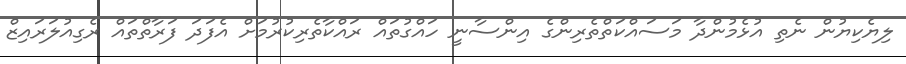
ލިޔެކިޔުން ނެތި އުޅެމުންދާ މަސައްކަތްތެރިންގެ އިންސާނީ ހައްގުތައް ރައްކާތެރިކުރުމަށް އެފަދަ ފަރާތްތައް ރެގިއުލަރައިޒް